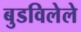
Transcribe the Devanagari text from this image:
बुडविलेले